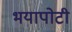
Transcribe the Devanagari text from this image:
भयापोटी